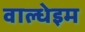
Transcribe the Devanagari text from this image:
वाल्धेइम